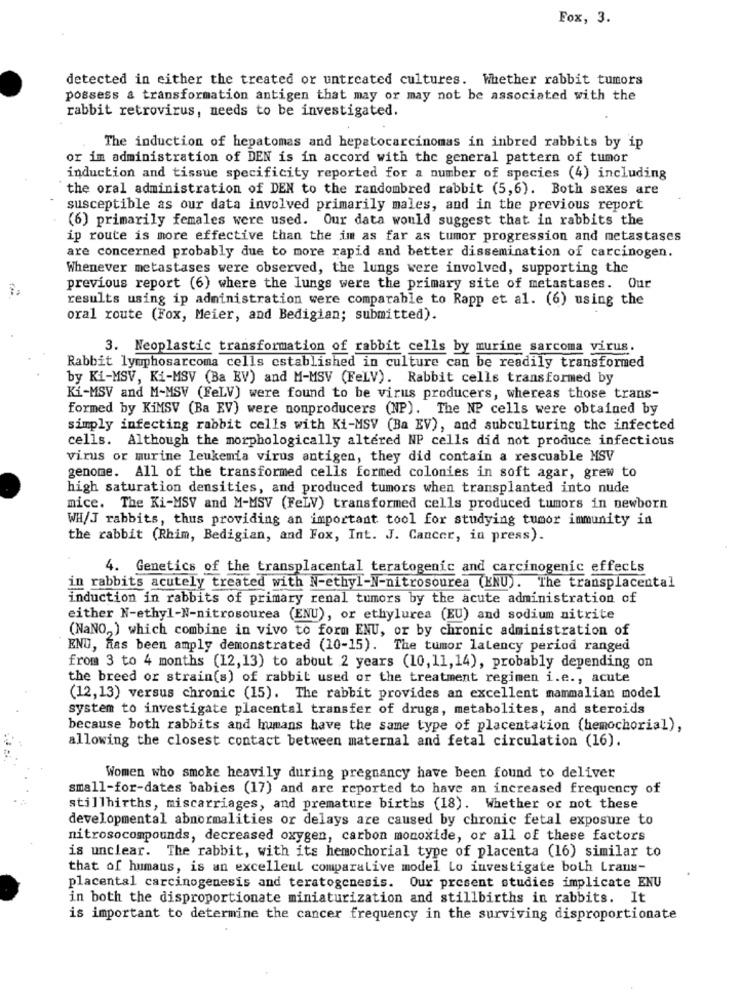
Fox, 3.
detected in either the treated or untreated cultures. Whether rabbit tumors
possess a transformation antigen that may or may not be associated with the
rabbit retrovirus, needs to be investigated.
The induction of hepatomas and hepatocarcinomas in inbred rabbits by ip
or im administration of DEN is in accord with the general pattern of tumor
induction and tissue specificity reported for a number of species (4) including
the oral administration of DEN to the randombred rabbit (5,6). Both sexes are
susceptible as our data involved primarily males, and in the previous report
(6) primarily females were used. Our data would suggest that in rabbits the
ip route is more effective than the im as far as tumor progression and metastases
are concerned probably due to more rapid and better dissemination of carcinogen.
Whenever metastases were observed, the lungs were involved, supporting the
previous report (6) where the lungs were the primary site of metastases. Our
results using ip administration were comparable to Rapp et al. (6) using the
oral route (Fox, Meier, and Bedigian; submitted).
3. Neoplastic transformation of rabbit cells by murine sarcoma virus.
Rabbit lymphosarcoma cells established in culture can be readily transformed
by Ki-MSV, Ki-MSV (Ba KV) and M-MSV (FeLV). Rabbit cells transformed by
Ki-MSV and M-MSV (FeLV) were found to be virus producers, whereas those trans-
formed by KiMSV (Ba EV) were nonproducers (NP). The NP cells were obtained by
simply infecting rabbit cells with Ki-MSV (Ba EV), and subculturing the infected
cells. Although the morphologically altered NP cells did not produce infectious
virus or murine leukemia virus antigen, they did contain a rescuable MSV
genome. All of the transformed cells formed colonies in soft agar, grew to
high saturation densities, and produced tumors when transplanted into nude
mice. The Ki-MSV and M-MSV (FeLV) transformed cells produced tumors in newborn
WH/J rabbits, thus providing an important tool for studying tumor immunity in
the rabbit (Rhim, Bedigian, and Fox, Int. J. Cancer, in press).
4. Genetics of the transplacental teratogenic and carcinogenic effects
in rabbits acutely treated with N-ethyl-N-nitrosourea (KNU). The transplacental
induction in rabbits of primary renal tumors by the acute administration of
either N-ethyl-N-nitrosourea (ENU), or ethylurea (EU) and sodium nitrite
(NaNO,) which combine in vivo to form ENU, or by chronic administration of
ENU, has been amply demonstrated (10-15). The tumor latency period ranged
from 3 to 4 months (12,13) to about 2 years (10,11,14), probably depending on
the breed or strain(s) of rabbit used or the treatment regimen i.e ., acute
(12,13) versus chronic (15). The rabbit provides an excellent mammalian model
system to investigate placental transfer of drugs, metabolites, and steroids
because both rabbits and humans have the same type of placentation (hemochorial),
allowing the closest contact between maternal and fetal circulation (16).
Women who smoke heavily during pregnancy have been found to deliver
small-for-dates babies (17) and are reported to have an increased frequency of
stillbirths, miscarriages, and premature births (18). Whether or not these
developmental abnormalities or delays are caused by chronic fetal exposure to
nitrosocompounds, decreased oxygen, carbon monoxide, or all of these factors
is unclear. The rabbit, with its hemochorial type of placenta (16) similar to
that of humans, is an excellent comparalive model Lo investigate both Lraus-
placental carcinogenesis and teratogenesis. Our present studies implicate ENU
in both the disproportionate miniaturization and stillbirths in rabbits. It
is important to determine the cancer frequency in the surviving disproportionate